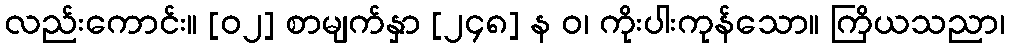
လည်းကောင်း။ [၀၂] စာမျက်နှာ [၂၄၈] န ဝ၊ ကိုးပါးကုန်သော။ ကြိယသညာ၊